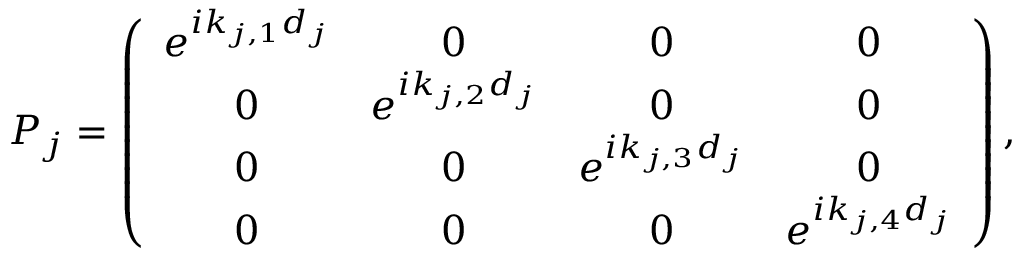
\boldsymbol { P _ { j } } = \left( \begin{array} { c c c c } { e ^ { i k _ { j , 1 } d _ { j } } } & { 0 } & { 0 } & { 0 } \\ { 0 } & { e ^ { i k _ { j , 2 } d _ { j } } } & { 0 } & { 0 } \\ { 0 } & { 0 } & { e ^ { i k _ { j , 3 } d _ { j } } } & { 0 } \\ { 0 } & { 0 } & { 0 } & { e ^ { i k _ { j , 4 } d _ { j } } } \end{array} \right) ,